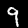
Digit: 9